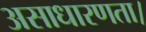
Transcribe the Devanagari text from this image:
असाधारणता।